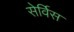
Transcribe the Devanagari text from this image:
सेर्विस